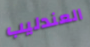
العندليب